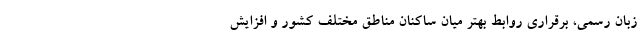
زبان رسمی، برقراری روابط بهتر میان ساکنان مناطق مختلف کشور و افزایش